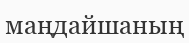
маңдайшаның